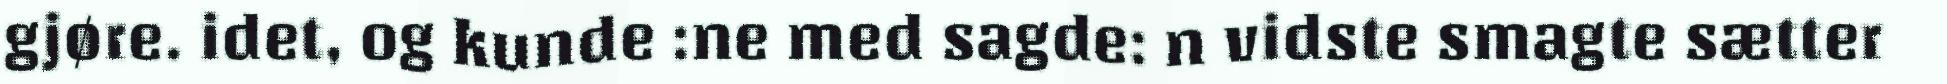
gjøre. idet, og kunde :ne med sagde: n vidste smagte sætter